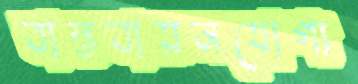
বাস্তবায়নযোগ্য